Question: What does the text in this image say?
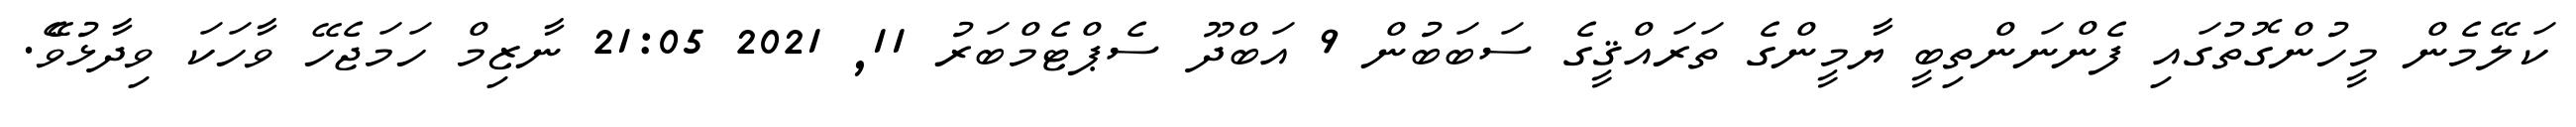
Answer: ކަލޭމެން މީހުންގޮތުގައި ފެންނަންތިބީ ޔާމީންގެ ތަރައްޤީގެ ސަބަބުން 9 އަބްދޫ ސެޕްޓެމްބަރު 11, 2021 21:05 ނާޒިމް ހަމަޖެހޭ ވާހަކަ ވިދާޅުވެޭ.